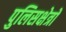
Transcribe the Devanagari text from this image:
पुलिसक्षेत्रों